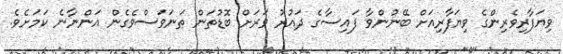
ވިޔަފާރިވެރިންގެ ވިޔަފާރިއަށް ބޭނުންވާ ފައިސާގެ ދައުރު ވަރަށް ބޮޑުތަން ތަނަވަސްވެގެން އަންނާނެ ކަމަށެވެ.